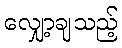
လျှော့ချသည့်